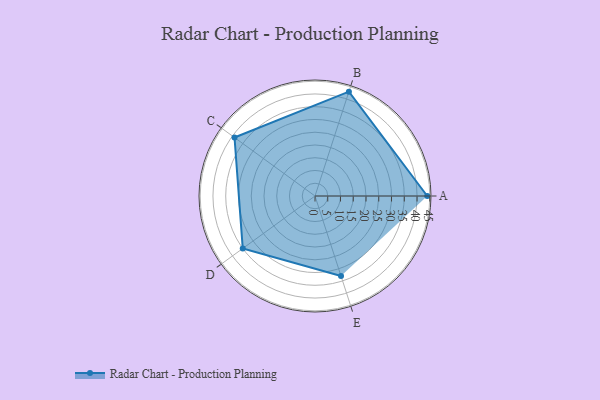
{"axis": {"x": "Skill", "y": "Score"}, "legend": ["Profile"], "data": [{"x": "A", "y": 44.0, "type": "Profile"}, {"x": "B", "y": 43.0, "type": "Profile"}, {"x": "C", "y": 39.0, "type": "Profile"}, {"x": "D", "y": 35.0, "type": "Profile"}, {"x": "E", "y": 33.0, "type": "Profile"}]}